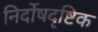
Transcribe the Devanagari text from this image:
निर्दोषदृष्टिक